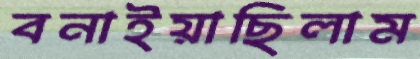
বনাইয়াছিলাম